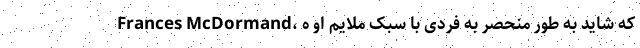
Frances McDormand، که شاید به طور منحصر به فردی با سبک ملایم او ه